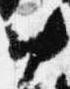
中